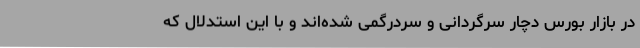
در بازار بورس دچار سرگردانی و سردرگمی شده‌اند و با این استدلال که